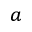
^ a